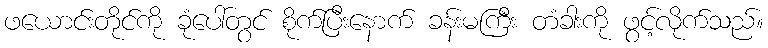
ဖယောင်းတိုင်ကို ခုံပေါ်တွင် စိုက်ပြီးနောက် ခန်းမကြီး တံခါးကို ဖွင့်လိုက်သည်။